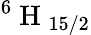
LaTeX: ^6\mathrm{~H~}_{15/2}